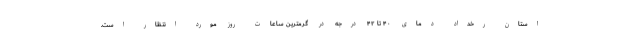
استان رخداد دمای ۴۰ تا ۴۲ درجه در گرمترین ساعات روز مورد انتظار است.